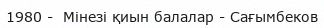
1980 -  Мінезі қиын балалар - Сағымбеков